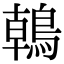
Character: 𪂂